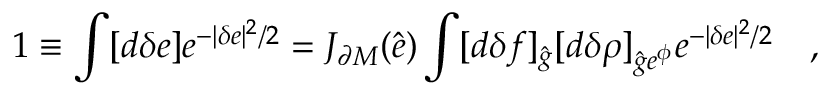
1 \equiv \int [ d \delta e ] e ^ { - | \delta e | ^ { 2 } / 2 } = J _ { \partial M } ( \hat { e } ) \int [ d \delta f ] _ { \hat { g } } [ d \delta \rho ] _ { { \hat { g } } e ^ { \phi } } e ^ { - | \delta e | ^ { 2 } / 2 } \quad ,